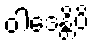
ဝါဒေန္တိပိ